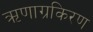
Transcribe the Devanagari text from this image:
ऋणाग्रकिरण